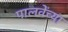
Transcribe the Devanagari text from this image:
पालवेंच्या